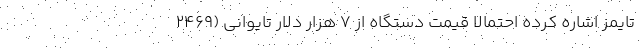
تایمز اشاره کرده احتمالاً قیمت دستگاه از ۷ هزار دلار تایوانی (۲۴۶۹